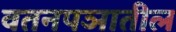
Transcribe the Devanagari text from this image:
वतनपञातील